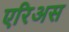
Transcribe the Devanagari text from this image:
एरिअस